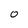
Character: 0